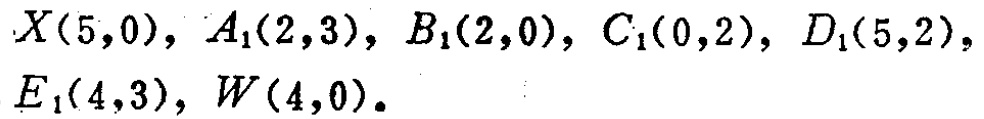
$X(5,0),\ A_1(2,3),\ B_1(2,0),\ C_1(0,2),\ D_1(5,2),\ E_1(4,3),\ W(4,0).$